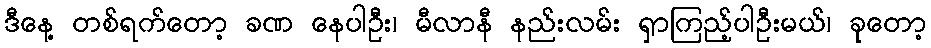
ဒီနေ့ တစ်ရက်တော့ ခဏ နေပါဦး၊ မီလာနီ နည်းလမ်း ရှာကြည့်ပါဦးမယ်၊ ခုတော့